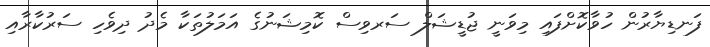
ފަނޑިޔާރުން ހުވާކޮށްފައި މިވަނީ ޖުޑީޝަލް ސަރވިސް ކޮމިޝަނުގެ އަމަލުތަކާ މެދު ދިވެހި ސަރުކާރާއި